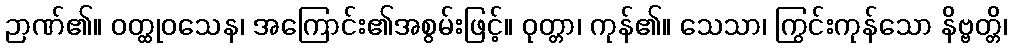
ဉာဏ်၏။ ဝတ္ထုဝသေန၊ အကြောင်း၏အစွမ်းဖြင့်။ ဝုတ္တာ၊ ကုန်၏။ သေသာ၊ ကြွင်းကုန်သော နိဗ္ဗတ္တိ၊